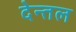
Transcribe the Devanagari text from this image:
देन्तल